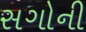
સગોની